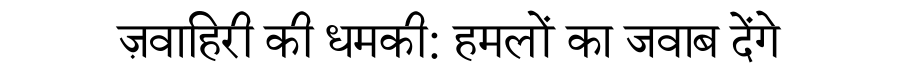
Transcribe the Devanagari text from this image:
ज़वाहिरी की धमकी: हमलों का जवाब देंगे